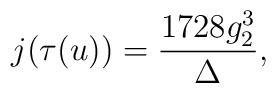
j(\tau(u)) = \frac {1728 g_2^3}{\Delta},